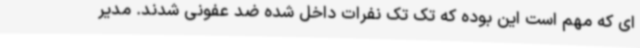
ای که مهم است این بوده که تک تک نفرات داخل شده ضد عفونی شدند. مدیر